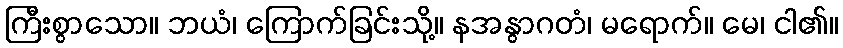
ကြီးစွာသော။ ဘယံ၊ ကြောက်ခြင်းသို့။ နအနွာဂတံ၊ မရောက်။ မေ၊ ငါ၏။